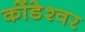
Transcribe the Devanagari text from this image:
कोंडेश्वर